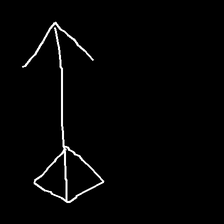
Glyph: focus